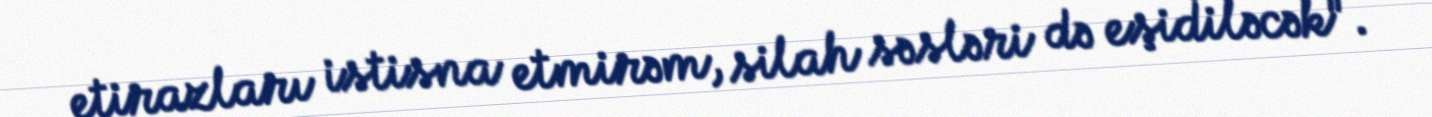
etirazları istisna etmirəm, silah səsləri də eşidiləcək".